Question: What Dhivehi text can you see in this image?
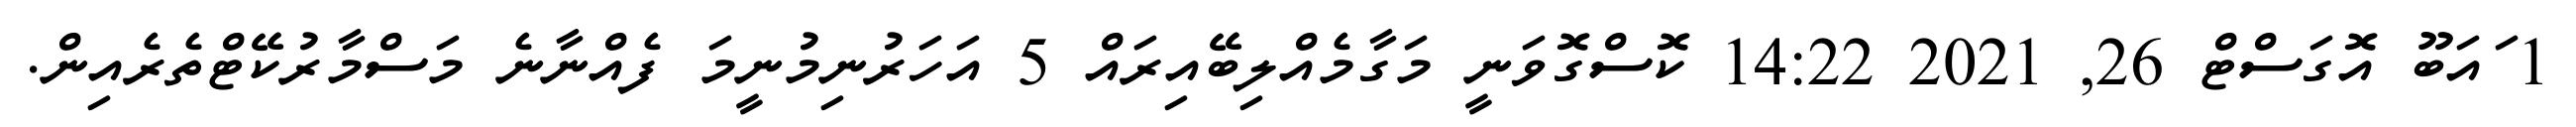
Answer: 1 ައަބޫ އޮގަސްޓް 26, 2021 14:22 ކޮސްގޮވަނީ މަގާމެއްލިބޭއިރައް 5 އަހަރުނިމުނީމަ ފެއްނާނެ މަސްމާރުކޭޓްތެރެއިން.